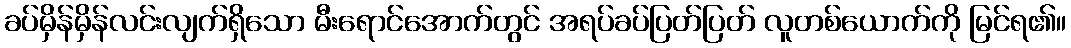
ခပ်မှိန်မှိန်လင်းလျက်ရှိသော မီးရောင်အောက်တွင် အရပ်ခပ်ပြတ်ပြတ် လူတစ်ယောက်ကို မြင်ရ၏။